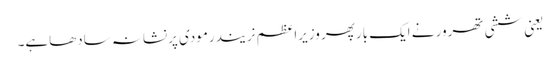
یعنی ششی تھرور نے ایک بارپھر وزیراعظم نریندرمودی پرنشانہ سادھاہے۔